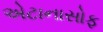
એટાનાસોફ